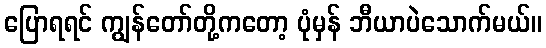
ပြောရရင် ကျွန်တော်တို့ကတော့ ပုံမှန် ဘီယာပဲသောက်မယ်။